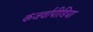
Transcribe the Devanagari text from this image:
कंजर्वापीडिया